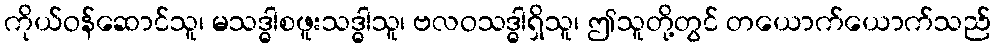
ကိုယ်ဝန်ဆောင်သူ၊ မသဒ္ဓါစဖူးသဒ္ဓါသူ၊ ဗလဝသဒ္ဓါရှိသူ၊ ဤသူတို့တွင် တယောက်ယောက်သည်